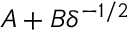
A + B \delta ^ { - 1 / 2 }